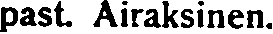
past. Airaksinen.